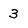
Character: 3